Lunatic asylums Burma 1907-21 - 1907-1921
Year: 1907
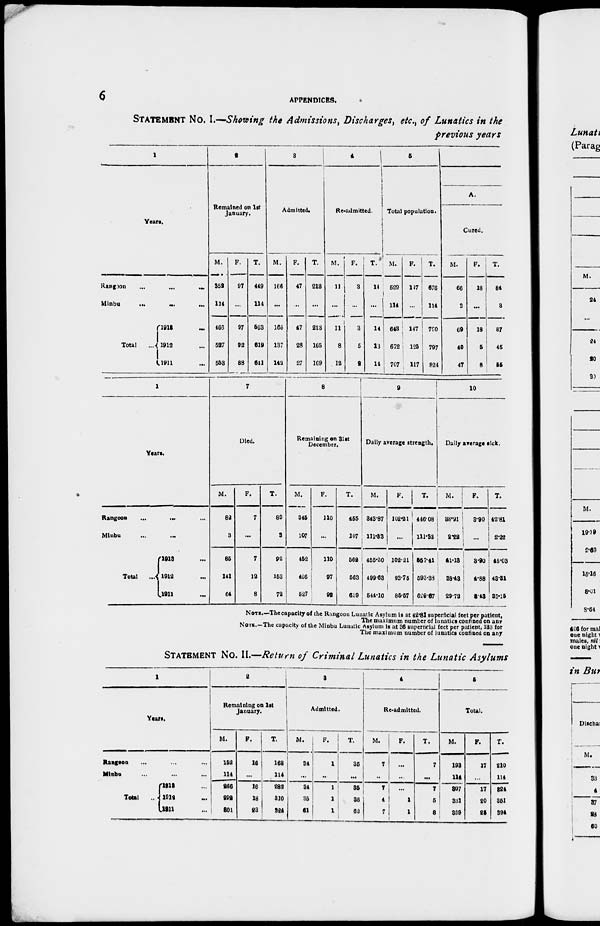
6
APPENDICES.
STATEMENT NO. I.—Showing the Admissions, Discharges, etc., of Lunatics in the
previous years
1
Years.
Rangoon
...
...
...
Minbu
...
...
...
Total
...
1913 ...
1912 ...
1911 ...
2
Remained on 1st
January.
M.
352
114
466
527
553
F.
97
...
97
92
88
T.
449
114
563
619
641
3
Admitted.
M.
166
...
166
137
142
F.
47
...
47
28
27
T.
213
...
213
165
169
4
Re-admitted.
M.
11
...
11
8
12
F.
3
...
3
5
2
T.
14
...
14
13
14
5
Total population.
M.
529
114
643
672
707
F.
147
...
147
125
117
T.
676
114
790
797
824
A.
Cured.
M.
66
3
69
40
47
F.
18
...
18
5
8
T.
84
3
87
45
55
1
Years.
Rangoon
... ... ...
Minbu ... ...
Total
...
1913 ...
1912 ...
1911 ...
7
Died.
M.
82
3
85
141
64
F.
7
...
7
12
8
T.
89
3
92
153
72
8
Remaining on 31st
December.
M.
345
107
452
466
527
F.
110
...
110
97
92
T.
455
107
562
563
619
9
Daily average strength.
M.
343.87
111.33
455.20
499.63
544.10
F.
102.21
...
102.21
93.75
85.57
T.
446.08
111.33
557.41
593.38
629.67
10
Daily average sick.
M.
38.91
2.22
41.13
38.43
29.72
F.
3.90
...
3.90
4.88
3.43
T.
42.81
2.22
45.03
43.31
33.15
NOTE.—The capacity of the Rangoon Lunatic Asylum is at 42.81 superficial feet per patient,
The maximum number of lunatics confined on any
NOTE.—The capacity of the Minbu Lunatic Asylum is at 36 superficial feet per patient, 133 for
The maximum number of lunatics confined on any
STATEMENT NO. II—Return of Criminal Lunatics in the Lunatic Asylums
1
Years.
Rangoon ... ... ...
Minbu ... ... ...
Total ...
1913 ...
1912 ...
1911 ...
2
Remaining on 1st
January.
M.
152
114
266
222
301
F.
16
...
16
18
23
T.
168
114
282
310
324
3
Admitted.
M.
34
...
34
35
61
F.
1
...
1
1
1
T.
35
...
35
36
62
4
Re-admitted.
M.
7
...
7
4
7
F.
...
...
...
1
1
T.
7
...
7
5
8
5
Total.
M.
193
114
307
331
369
F.
17
...
17
20
25
T.
210
114
324
351
394